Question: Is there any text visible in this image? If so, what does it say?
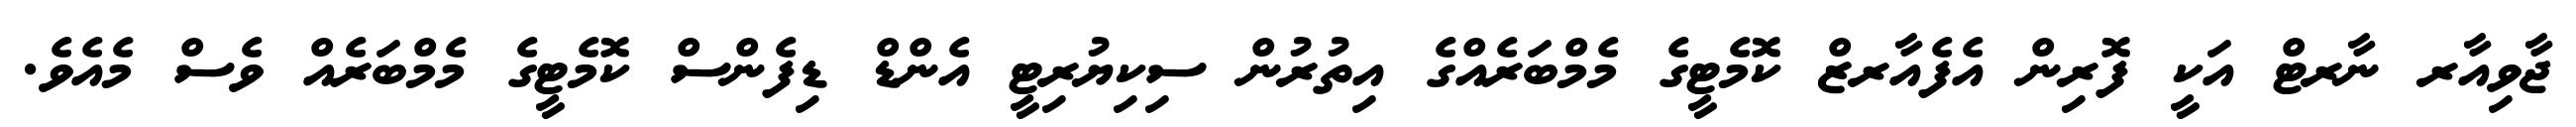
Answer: ޖާވިއާރ ނާރޓް އަކީ ފޮރިން އެފެއާރޒް ކޮމެޓީގެ މެމްބަރެއްގެ އިތުރުން ސިކިޔުރިޓީ އެންޑް ޑިފެންސް ކޮމެޓީގެ މެމްބަރެއް ވެސް މެއެވެ.